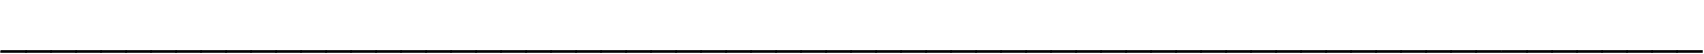
____________________________________________________________________